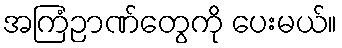
အကြံဉာဏ်တွေကို ပေးမယ်။